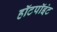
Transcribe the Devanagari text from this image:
हॉटपॉइंट